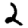
Digit: 2